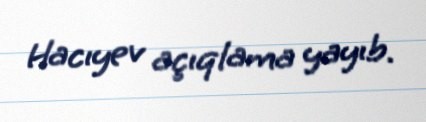
Hacıyev açıqlama yayıb.